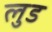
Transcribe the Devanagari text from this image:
लुड